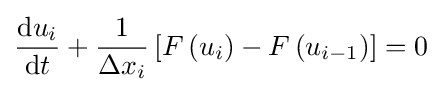
{\frac {\mathrm {d} u_{i}}{\mathrm {d} t}}+{\frac {1}{\Delta x_{i}}}\left[F\left(u_{i}\right)-F\left(u_{i-1}\right)\right]=0